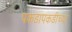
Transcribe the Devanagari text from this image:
पकडापकडीच्या